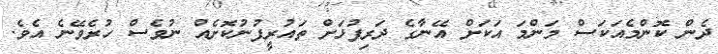
ދެން ކޮންމެއަކަސް މަންމަ އަކަށް އޭނާގެ ދަރިފުޅަށް ތައުރީފުނުކޮށެއް ނުވެސް ހުރެވޭނެ އެވެ.